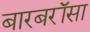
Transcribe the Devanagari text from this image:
बारबरॉसा